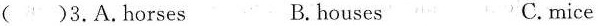
( )3.A.horses B.houses C.mice